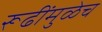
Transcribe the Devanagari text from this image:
रूढींमुळेच